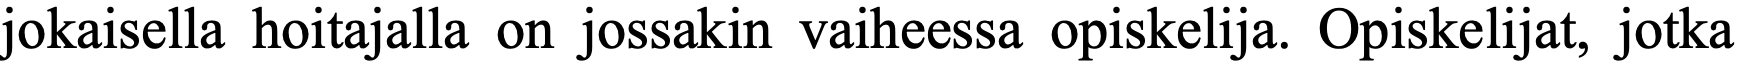
jokaisella hoitajalla on jossakin vaiheessa opiskelija. Opiskelijat, jotka